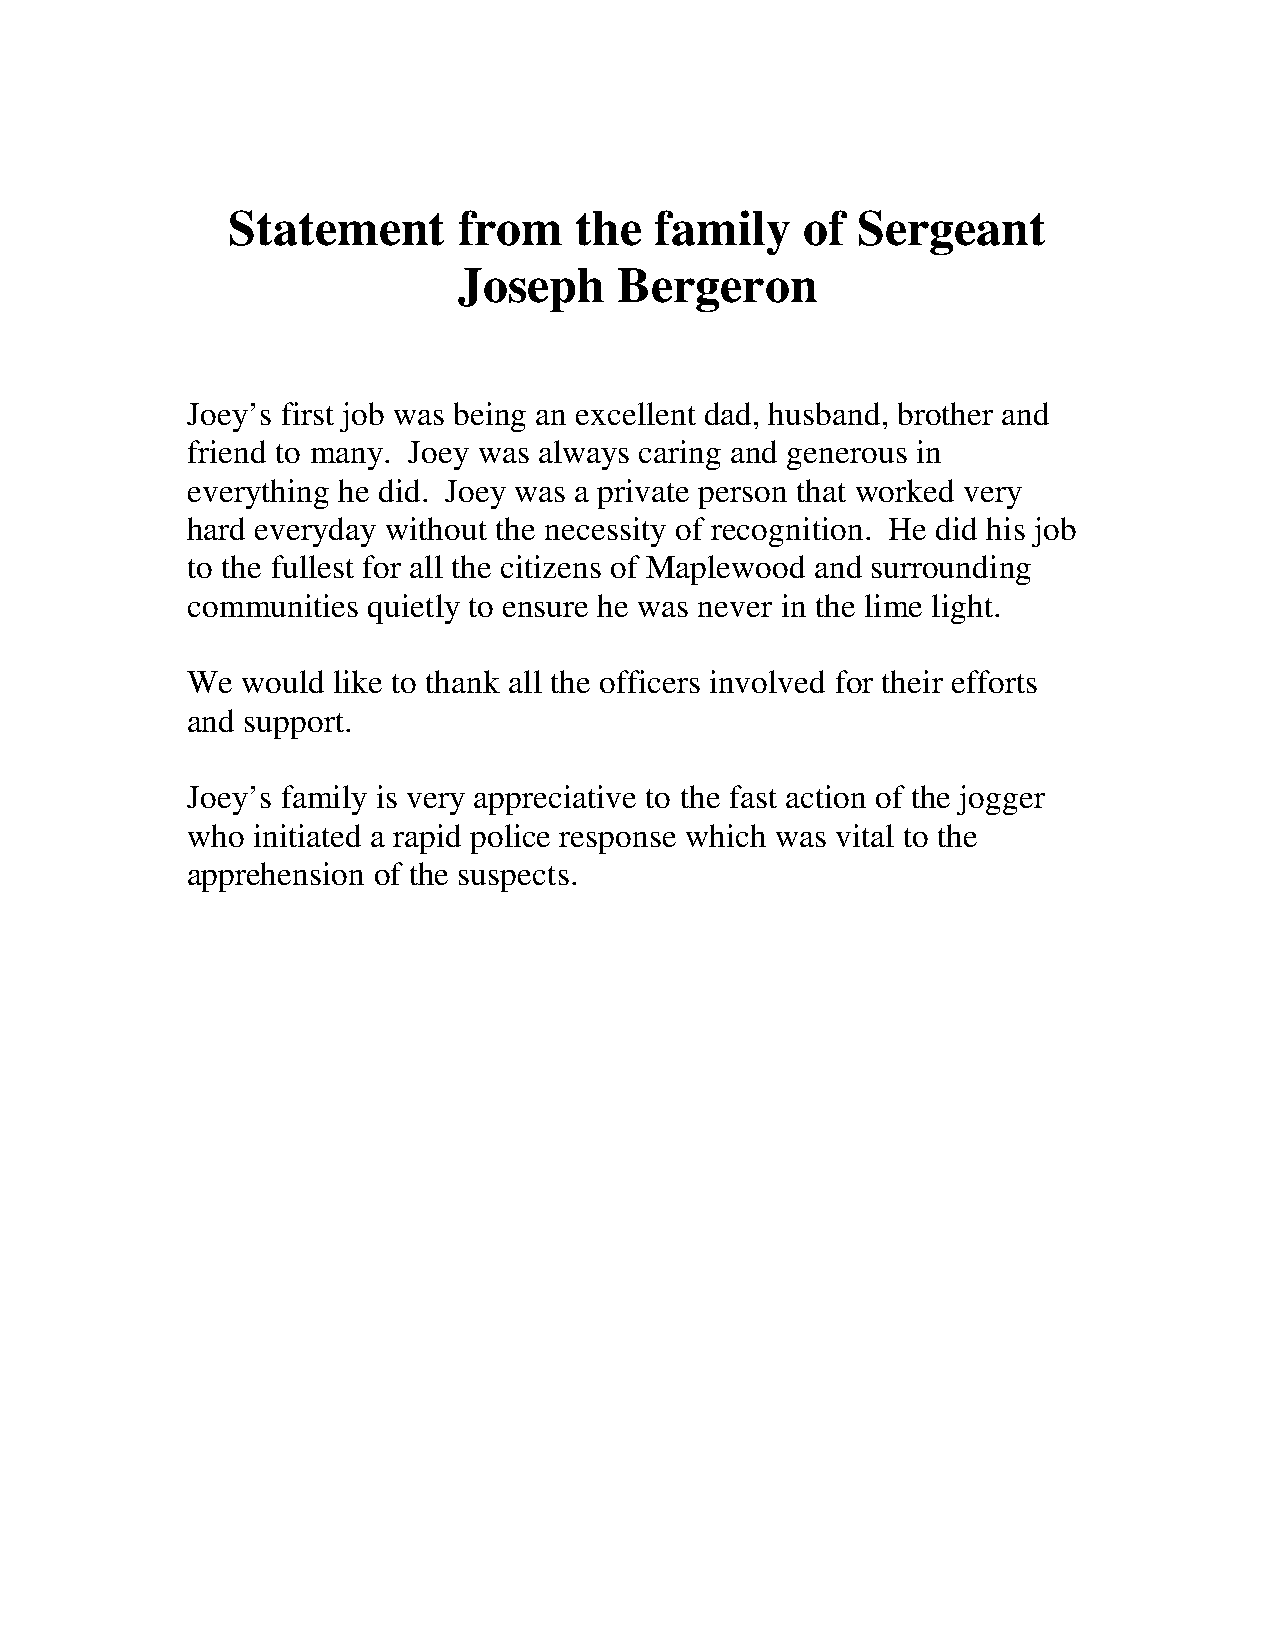
Statement      from    the  family    of  Sergeant
 Joseph     Bergeron
 Joey’s first job was being an excellent dad, husband, brother and
 friend to many. Joey was always caring and generous in
 everything he did. Joey was a private person that worked very
 hard everyday without the necessity of recognition. He did his job
 to the fullest for all the citizens of Maplewood and surrounding
 communities quietly to ensure he was never in the lime light.
 We  would like to thank all the officers involved for their efforts
 and support.
 Joey’s family is very appreciative to the fast action of the jogger
 who  initiated a rapid police response which was vital to the
 apprehension of the suspects.